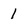
Character: 1